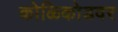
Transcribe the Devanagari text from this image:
कोळिकोडवर